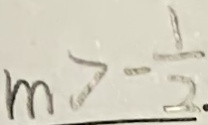
m > - \frac { 1 } { 2 }